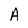
Character: A